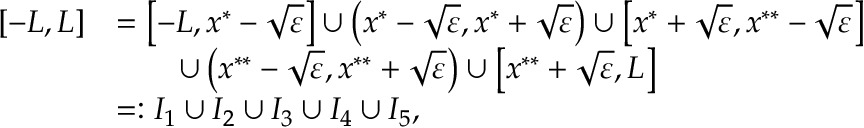
\begin{array} { r } { \begin{array} { r l } { [ - L , L ] } & { = \left[ - L , x ^ { * } - \sqrt { \varepsilon } \right] \cup \left( x ^ { * } - \sqrt { \varepsilon } , x ^ { * } + \sqrt { \varepsilon } \right) \cup \left[ x ^ { * } + \sqrt { \varepsilon } , x ^ { * * } - \sqrt { \varepsilon } \right] } \\ & { \qquad \cup \left( x ^ { * * } - \sqrt { \varepsilon } , x ^ { * * } + \sqrt { \varepsilon } \right) \cup \left[ x ^ { * * } + \sqrt { \varepsilon } , L \right] } \\ & { = : I _ { 1 } \cup I _ { 2 } \cup I _ { 3 } \cup I _ { 4 } \cup I _ { 5 } , } \end{array} } \end{array}